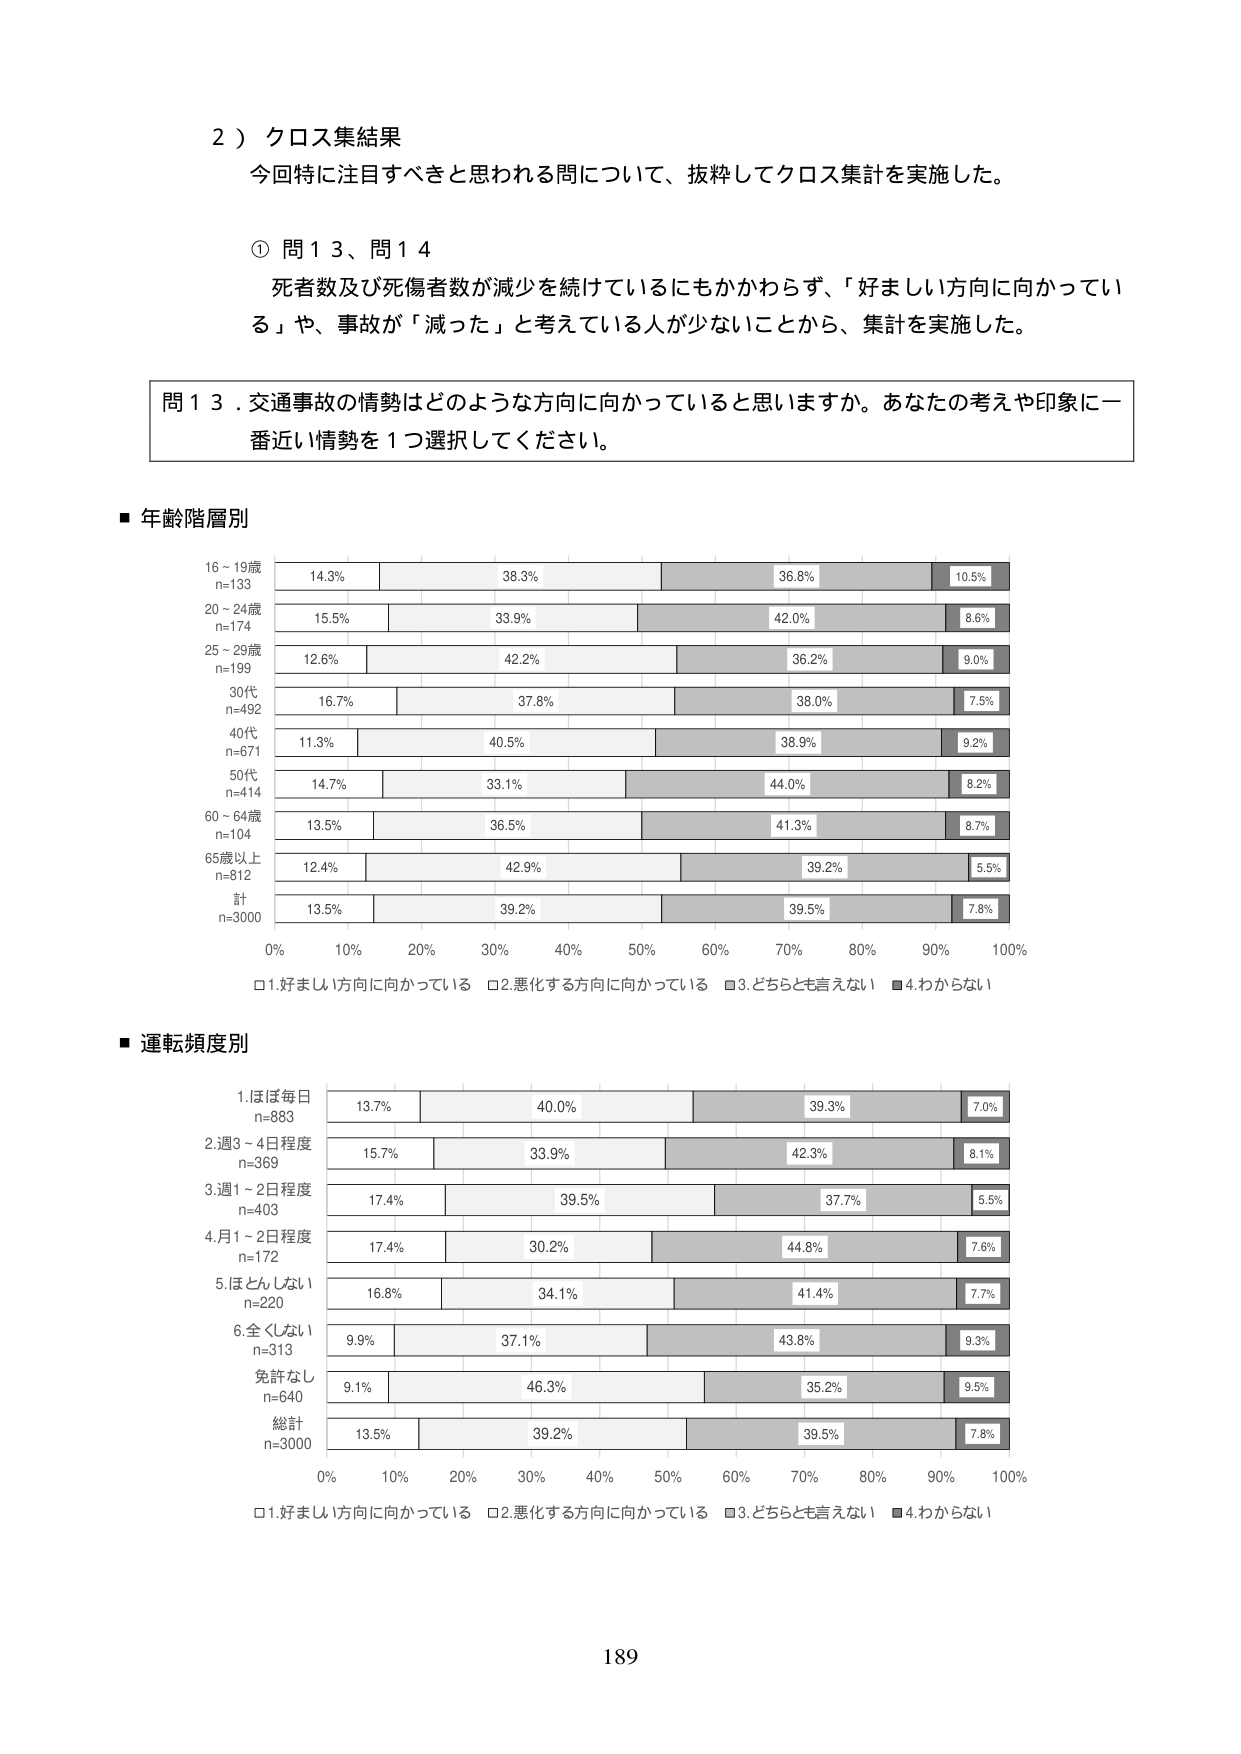
2）クロス集結果
今回特に注目すべきと思われる問について、抜粋してクロス集計を実施した。

① 問13、問14
死者数及び死傷者数が減少を続けているにもかかわらず、「好ましい方向に向かっている」や、事故が「減った」と考えている人が少ないことから、集計を実施した。

問13．交通事故の情勢はどのような方向に向かっていると思いますか。あなたの考えや印象に一番近い情勢を1つ選択してください。

■ 年齢階層別
16～19歳
n=133
14.3%　38.3%　36.8%　10.5%
20～24歳
n=174
15.5%　33.9%　42.0%　8.6%
25～29歳
n=199
12.6%　42.2%　36.2%　9.0%
30代
n=492
16.7%　37.8%　38.0%　7.5%
40代
n=671
11.3%　40.5%　38.9%　9.2%
50代
n=414
14.7%　33.1%　44.0%　8.2%
60～64歳
n=104
13.5%　36.5%　41.3%　8.7%
65歳以上
n=812
12.4%　42.9%　39.2%　5.5%
計
n=3000
13.5%　39.2%　39.5%　7.8%
0%　10%　20%　30%　40%　50%　60%　70%　80%　90%　100%
□1.好ましい方向に向かっている　□2.悪化する方向に向かっている　□3.どちらとも言えない　■4.わからない

■ 運転頻度別
1.ほぼ毎日
n=883
13.7%　40.0%　39.3%　7.0%
2.週3～4日程度
n=369
15.7%　33.9%　42.3%　8.1%
3.週1～2日程度
n=403
17.4%　39.5%　37.7%　5.5%
4.月1～2日程度
n=172
17.4%　30.2%　44.8%　7.6%
5.ほとんどない
n=220
16.8%　34.1%　41.4%　7.7%
6.全くしない
n=313
9.9%　37.1%　43.8%　9.3%
免許なし
n=640
9.1%　46.3%　35.2%　9.5%
総計
n=3000
13.5%　39.2%　39.5%　7.8%
0%　10%　20%　30%　40%　50%　60%　70%　80%　90%　100%
□1.好ましい方向に向かっている　□2.悪化する方向に向かっている　□3.どちらとも言えない　■4.わからない

189